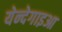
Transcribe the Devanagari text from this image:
येन्देगाइआ